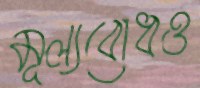
মূল্যবোধও